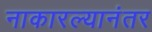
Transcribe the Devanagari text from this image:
नाकारल्यानंतर